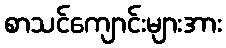
စာသင်ကျောင်းများအား